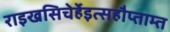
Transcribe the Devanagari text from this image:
राइखसिचेर्हेइत्सहौप्ताम्त